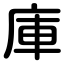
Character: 庫